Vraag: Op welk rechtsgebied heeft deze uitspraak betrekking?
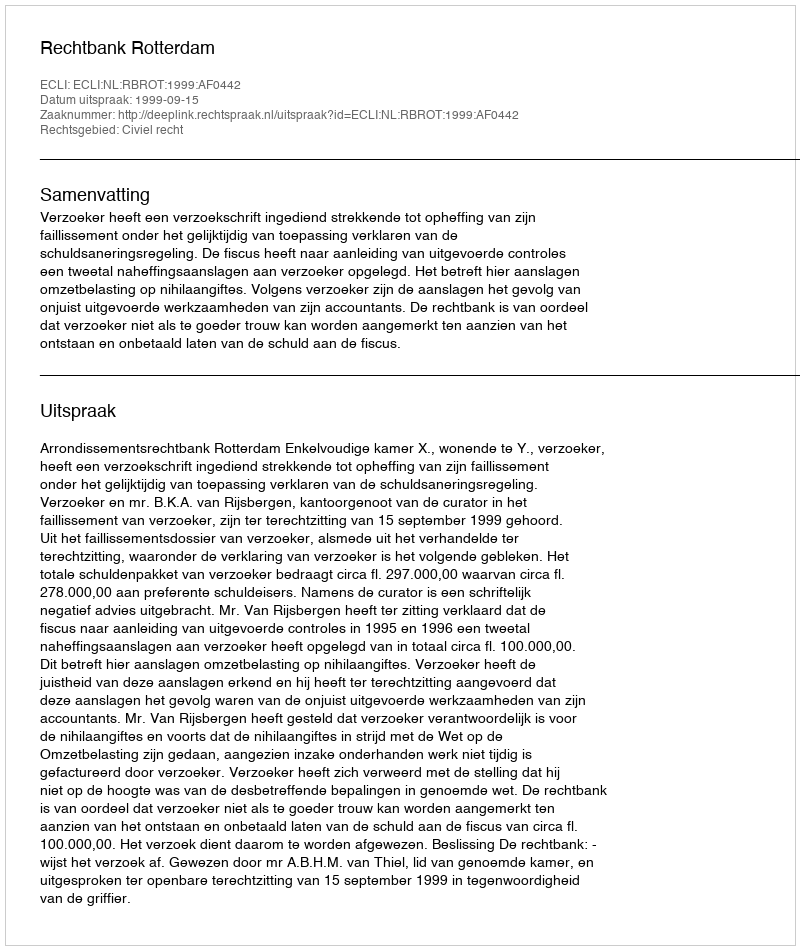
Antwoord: Civiel recht